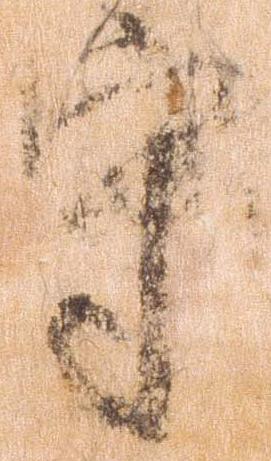
守